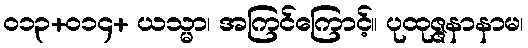
၀၁၃+၀၁၄+ ယသ္မာ၊ အကြင်ကြောင့်။ ပုထုဇ္ဇနာနာမ၊